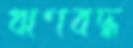
ঋণবদ্ধ